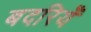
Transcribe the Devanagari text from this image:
बदरियँ